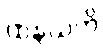
ထနယတိ